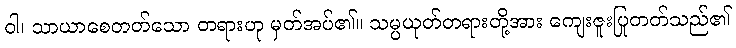
ဝါ၊ သာယာစေတတ်သော တရားဟု မှတ်အပ်၏။ သမ္ပယုတ်တရားတို့အား ကျေးဇူးပြုတတ်သည်၏